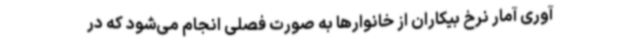
آوری آمار نرخ بیکاران از خانوارها به صورت فصلی انجام می‌شود که در